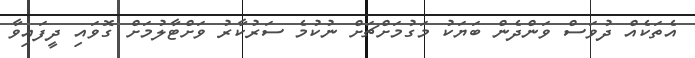
އެތަކެއް ދުވަސް ވަންދެން ބަޔަކު މަގުމަށްޗަށް ނުކުމެ ސަރުކާރު ވަށްޓާލުމަށް ގޮވައި ދީފައިވާ